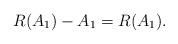
LaTeX: \begin{align*}R(A_1)-A_1=R(A_1).\end{align*}